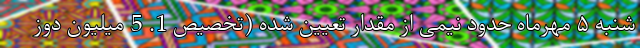
شنبه ۵ مهرماه حدود نیمی از مقدار تعیین شده (تخصیص 1. 5 میلیون دوز